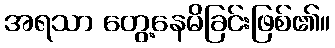
အရသာ တွေ့နေမိခြင်းဖြစ်၏။